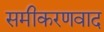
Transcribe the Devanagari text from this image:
समीकरणवाद